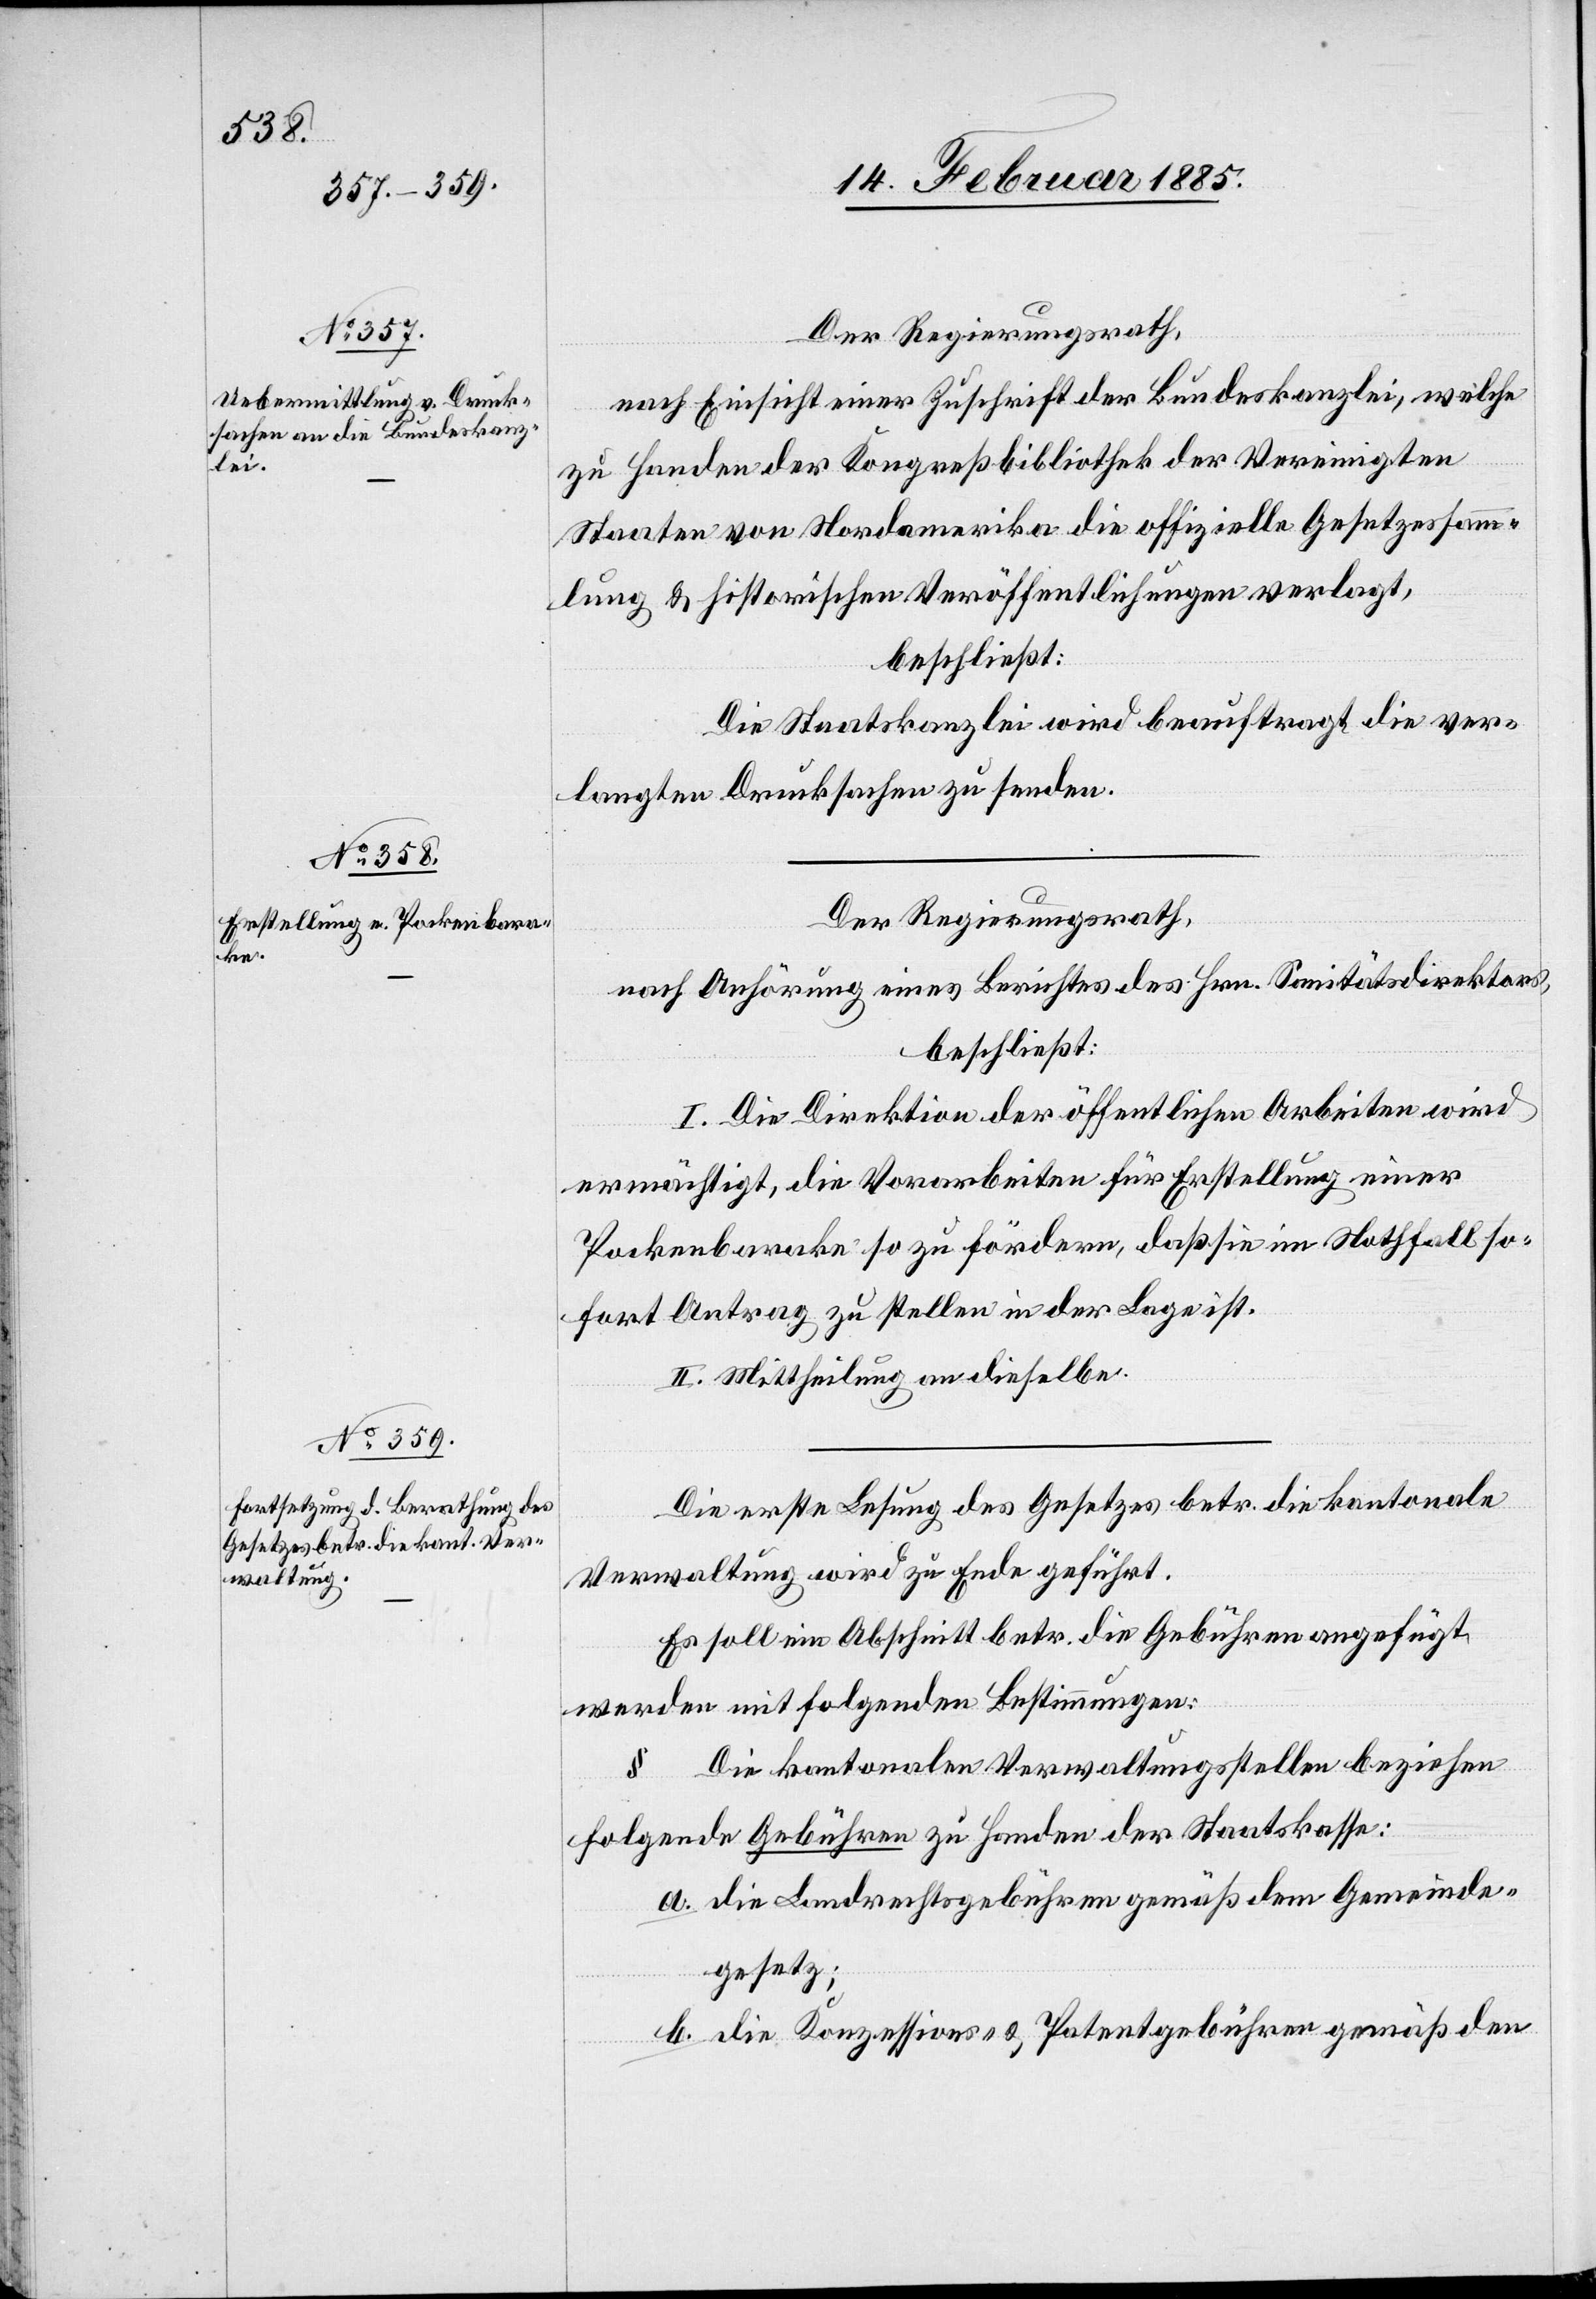
Der Regierungsrath,
nach Einsicht einer Zuschrift der Bundeskanzlei, welche
zu Handen der Kongreßbibliothek der Vereinigten
Staaten von Nordamerika die offizielle Gesetzessamm¬
lung & historischen Veröffentlichungen verla[n]gt,
beschließt:
Die Staatskanzlei wird beauftragt die ver¬
langten Drucksachen zu senden.
Der Regierungsrath,
nach Anhörung eines Berichtes des Hrn. Sanitätsdirektors,
beschließt:
I. Die Direktion der öffentlichen Arbeiten wird
ermächtigt, die Vorarbeiten für Erstellung einer
Pockenbarake so zu fördern, daß sie im Nothfalle so¬
fort Antrag zu stellen in der Lage ist.
II. Mittheilung an dieselbe.
Die erste Lesung des Gesetzes betr. die kantonale
Verwaltung wird zu Ende geführt.
Es soll ein Abschnitt betr. die Gebühren angefügt
werden mit folgenden Bestimmungen.
§ Die kantonalen Verwaltungsstellen beziehen
folgende Gebühren zu Handen der Staatskasse:
a. die Landrechtsgebühren gemäß dem Gemeinde¬
gesetz;
b. die Konzessions- & Patentgebühren gemäß den